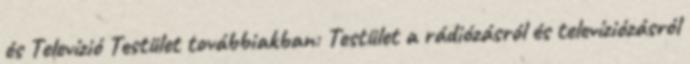
és Televízió Testület továbbiakban: Testület a rádiózásról és televíziózásról